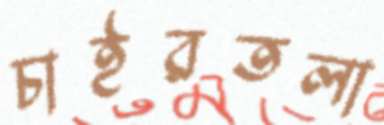
চাইরতলা